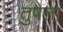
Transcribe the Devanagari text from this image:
तुपेला